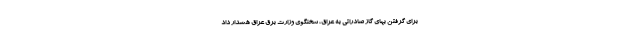
برای گرفتن بهای گاز صادراتی به عراق، سخنگوی وزارت برق عراق هشدار داد